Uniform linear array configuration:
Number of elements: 8
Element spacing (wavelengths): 0.75
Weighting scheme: hamming
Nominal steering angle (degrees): -45
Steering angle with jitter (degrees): -43.081
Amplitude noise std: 0.05
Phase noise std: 0.05

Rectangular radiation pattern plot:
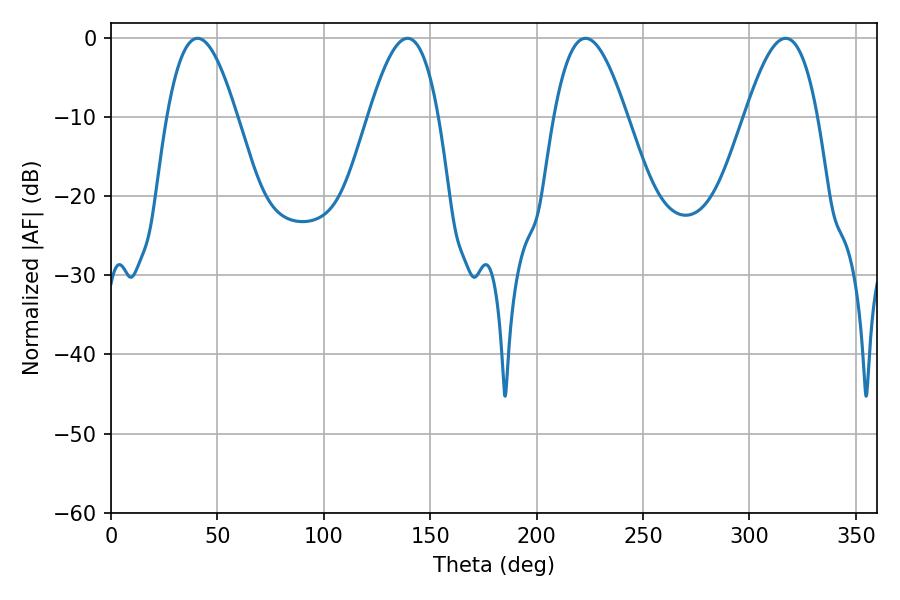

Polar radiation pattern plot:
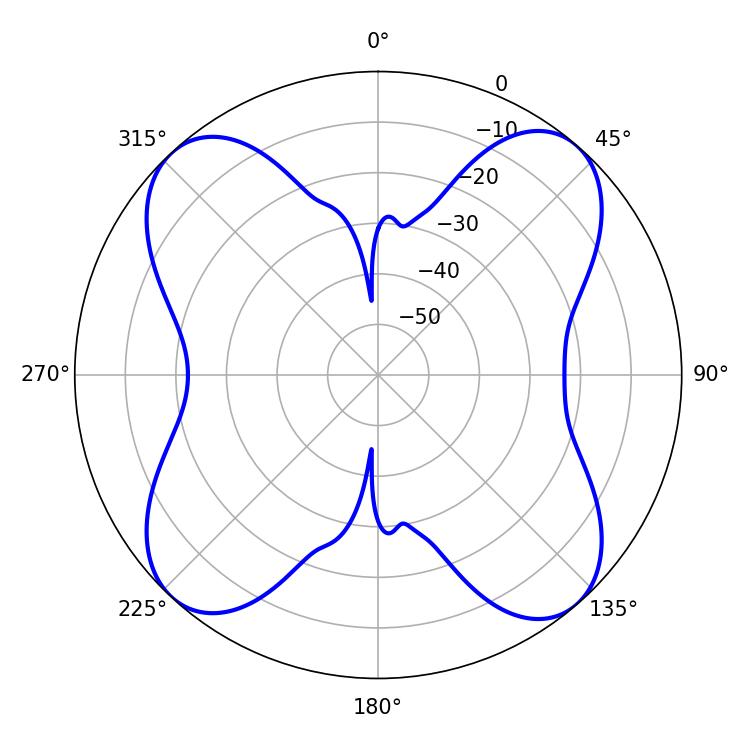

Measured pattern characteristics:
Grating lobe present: TRUE
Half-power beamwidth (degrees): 17.82
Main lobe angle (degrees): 40.68